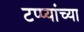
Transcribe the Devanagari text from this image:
टप्प्यांच्या